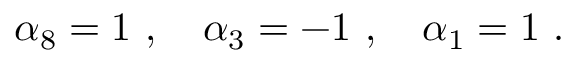
\alpha _ { 8 } = 1 \ , \ \ \ \alpha _ { 3 } = - 1 \ , \ \ \ \alpha _ { 1 } = 1 \ .